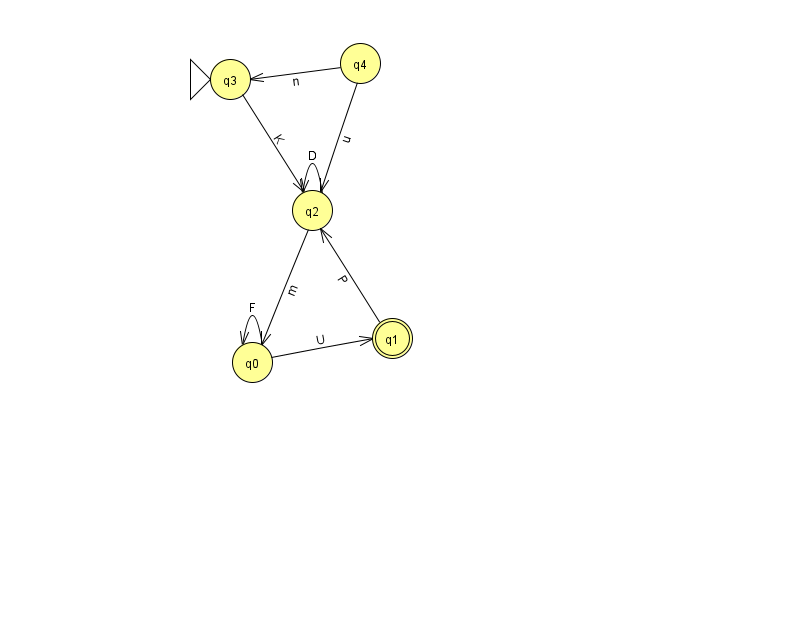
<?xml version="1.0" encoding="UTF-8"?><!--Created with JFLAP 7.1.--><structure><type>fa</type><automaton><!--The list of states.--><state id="0" name="q0"><x>252.0</x><y>349.0</y></state><state id="1" name="q1"><x>392.0</x><y>325.0</y><final/></state><state id="2" name="q2"><x>312.0</x><y>197.0</y></state><state id="3" name="q3"><x>230.0</x><y>66.0</y><initial/></state><state id="4" name="q4"><x>360.0</x><y>50.0</y></state><!--The list of transitions.--><transition><from>1</from><to>2</to><read>P</read></transition><transition><from>2</from><to>2</to><read>D</read></transition><transition><from>0</from><to>0</to><read>F</read></transition><transition><from>3</from><to>2</to><read>K</read></transition><transition><from>2</from><to>0</to><read>m</read></transition><transition><from>4</from><to>2</to><read>u</read></transition><transition><from>0</from><to>1</to><read>U</read></transition><transition><from>4</from><to>3</to><read>n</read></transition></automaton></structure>